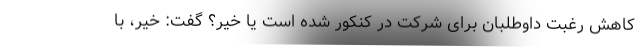
کاهش رغبت داوطلبان برای شرکت در کنکور شده است یا خیر؟ گفت: خیر، با